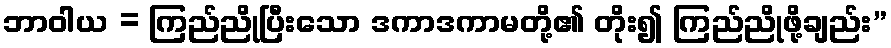
ဘာဝါယ = ကြည်ညိုပြီးသော ဒကာဒကာမတို့၏ တိုး၍ ကြည်ညိုဖို့ချည်း”